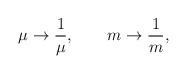
LaTeX: \begin{align*}\mu \rightarrow \frac{1}{\mu },\qquad m\rightarrow \frac{1}{m},\end{align*}